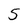
Character: 5